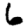
Digit: 6